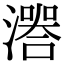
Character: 𤀅